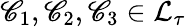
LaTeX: \mathscr{C}_{1},\mathscr{C}_{2},\mathscr{C}_{3}\in\mathcal{{L}}_{\tau}